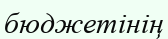
бюджетінің